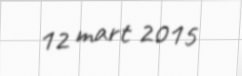
12 mart 2015